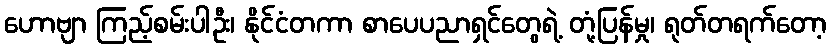
ဟောဗျာ ကြည့်စမ်းပါဦး၊ နိုင်ငံတကာ စာပေပညာရှင်တွေရဲ့ တုံ့ပြန်မှု၊ ရုတ်တရက်တော့